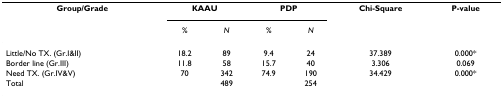
<table><thead><tr><td><b>Group/Grade</b></td><td colspan="2"><b>KAAU</b></td><td colspan="2"><b>PDP</b></td><td><b>Chi-Square</b></td><td><b>P-value</b></td></tr><tr><td></td><td><b><i>%</i></b></td><td><b><i>N</i></b></td><td><b><i>%</i></b></td><td><b><i>N</i></b></td><td></td><td></td></tr></thead><tbody><tr><td>Little/No TX. (Gr.I&amp;II)</td><td>18.2</td><td>89</td><td>9.4</td><td>24</td><td>37.389</td><td>0.000*</td></tr><tr><td>Border line (Gr.III)</td><td>11.8</td><td>58</td><td>15.7</td><td>40</td><td>3.306</td><td>0.069</td></tr><tr><td>Need TX. (Gr.IV&amp;V)</td><td>70</td><td>342</td><td>74.9</td><td>190</td><td>34.429</td><td>0.000*</td></tr><tr><td>Total</td><td></td><td>489</td><td></td><td>254</td><td></td><td></td></tr></tbody></table>